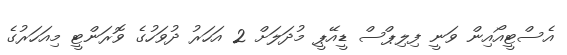
އެސްޓީއޯއިން ވަނީ ފިލިޕްސް ޑީއޭޕީ މުދަލަށް 2 އަހަރު ދުވަހުގެ ވޮރަންޓީ މިއަހަރުގެ